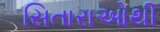
સિતારાઓથી